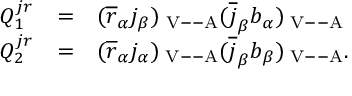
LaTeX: \begin{array} { r c l } { { Q _ { 1 } ^ { j r } } } & { { = } } & { { ( \overline { { { r } } } _ { \alpha } j _ { \beta } ) _ { \mathrm { { \scriptsize ~ V - - A } } } ( \overline { { { j } } } _ { \beta } b _ { \alpha } ) _ { \mathrm { { \scriptsize ~ V - - A } } } } } \\ { { Q _ { 2 } ^ { j r } } } & { { = } } & { { ( \overline { { { r } } } _ { \alpha } j _ { \alpha } ) _ { \mathrm { { \scriptsize ~ V - - A } } } ( \overline { { { j } } } _ { \beta } b _ { \beta } ) _ { \mathrm { { \scriptsize ~ V - - A } } } . } } \end{array}